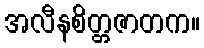
အလီနစိတ္တဇာတက။